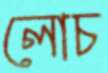
লোচ